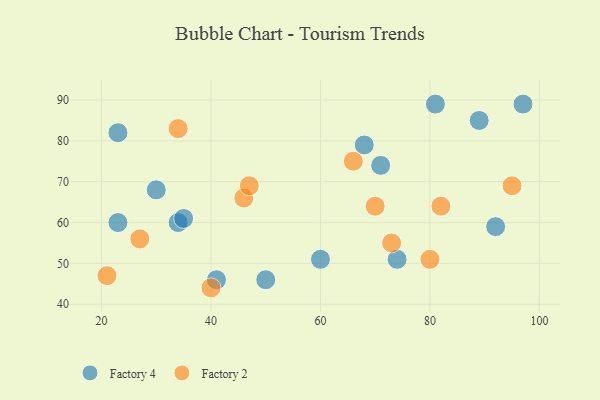
{"axis": {"x": "GDP", "y": "Life Expectancy"}, "legend": ["Factory 2", "Factory 4"], "data": [{"x": "92", "y": 59, "type": "Factory 4"}, {"x": "74", "y": 51, "type": "Factory 4"}, {"x": "41", "y": 46, "type": "Factory 4"}, {"x": "60", "y": 51, "type": "Factory 4"}, {"x": "71", "y": 74, "type": "Factory 4"}, {"x": "23", "y": 60, "type": "Factory 4"}, {"x": "34", "y": 60, "type": "Factory 4"}, {"x": "68", "y": 79, "type": "Factory 4"}, {"x": "23", "y": 82, "type": "Factory 4"}, {"x": "35", "y": 61, "type": "Factory 4"}, {"x": "97", "y": 89, "type": "Factory 4"}, {"x": "50", "y": 46, "type": "Factory 4"}, {"x": "30", "y": 68, "type": "Factory 4"}, {"x": "89", "y": 85, "type": "Factory 4"}, {"x": "81", "y": 89, "type": "Factory 4"}, {"x": "46", "y": 66, "type": "Factory 2"}, {"x": "47", "y": 69, "type": "Factory 2"}, {"x": "82", "y": 64, "type": "Factory 2"}, {"x": "40", "y": 44, "type": "Factory 2"}, {"x": "70", "y": 64, "type": "Factory 2"}, {"x": "95", "y": 69, "type": "Factory 2"}, {"x": "34", "y": 83, "type": "Factory 2"}, {"x": "27", "y": 56, "type": "Factory 2"}, {"x": "21", "y": 47, "type": "Factory 2"}, {"x": "80", "y": 51, "type": "Factory 2"}, {"x": "73", "y": 55, "type": "Factory 2"}, {"x": "66", "y": 75, "type": "Factory 2"}]}